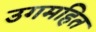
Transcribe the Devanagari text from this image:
उगमहित